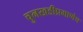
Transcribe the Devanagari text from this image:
चुनखडीप्रमाणेच